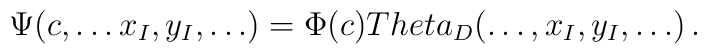
\Psi(c, \dots x_{ I },y_{ I}, \dots) = \Phi(c)  \\Theta_{D}( \dots, x_{I},y_{I},\dots)\,.